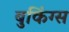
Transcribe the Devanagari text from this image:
बुकिंग्स